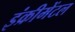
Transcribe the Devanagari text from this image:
इंक्रीमेंटल